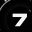
Digit: 7